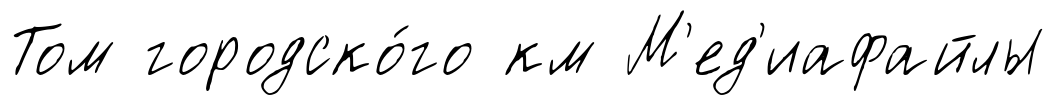
Том городско́го км М'ед'иафайлы